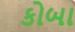
કોબા